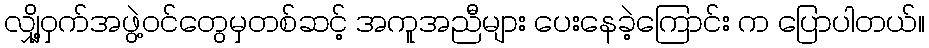
လျှို့ဝှက်အဖွဲ့ဝင်တွေမှတစ်ဆင့် အကူအညီများ ပေးနေခဲ့ကြောင်း က ပြောပါတယ်။